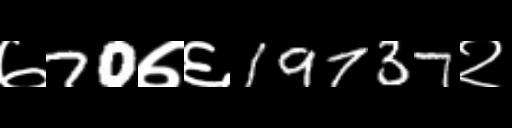
Text: ७70७६19737२